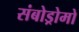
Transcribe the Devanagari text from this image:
संबोड्रोमो